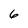
Character: 6